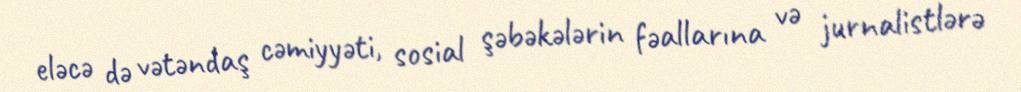
eləcə də vətəndaş cəmiyyəti, sosial şəbəkələrin fəallarına və jurnalistlərə